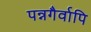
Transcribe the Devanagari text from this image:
पन्नगैर्वापि